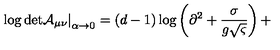
\left. \mathrm { \log \det } \mathcal { A } _ { \mu \nu } \right| _ { \alpha \rightarrow 0 } = ( d - 1 ) \log \left( \partial ^ { 2 } + \frac { \sigma } { g \sqrt { \varsigma } } \right) +